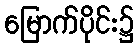
မြောက်ပိုင်း၌